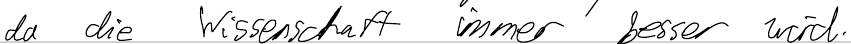
da die Wissenschaft immer besser wird.